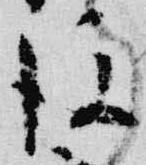
後